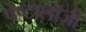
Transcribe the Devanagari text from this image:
पेष्टालॉज़ी